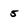
Character: 5